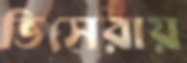
ভিসেরায়